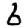
Digit: 6